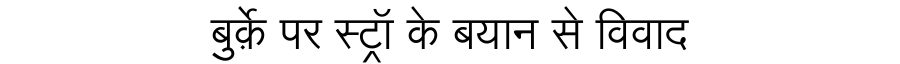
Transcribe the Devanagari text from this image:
बुर्क़े पर स्ट्रॉ के बयान से विवाद